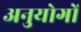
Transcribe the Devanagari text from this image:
अनुयोगों